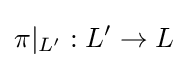
\pi |_{L'}:L'\to L